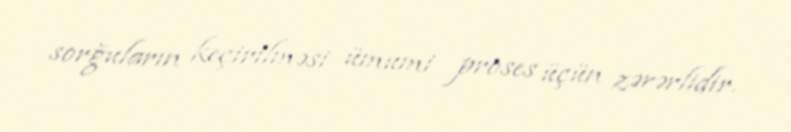
sorğuların keçirilməsi ümumi proses üçün zərərlidir.